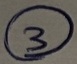
Text: 3